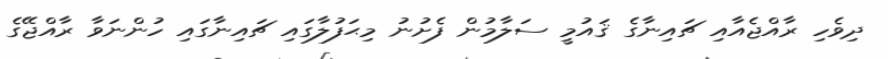
ދިވެހި ރާއްޖެއާއި ޗައިނާގެ ޤައުމީ ސަލާމުން ފެށުނު މިޙަފުލާގައި ޗައިނާގައި ހުންނަވާ ރާއްޖޭގެ